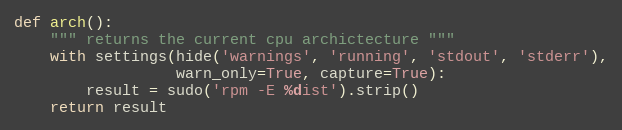
Language: Python
def arch():
    """ returns the current cpu archictecture """
    with settings(hide('warnings', 'running', 'stdout', 'stderr'),
                  warn_only=True, capture=True):
        result = sudo('rpm -E %dist').strip()
    return result